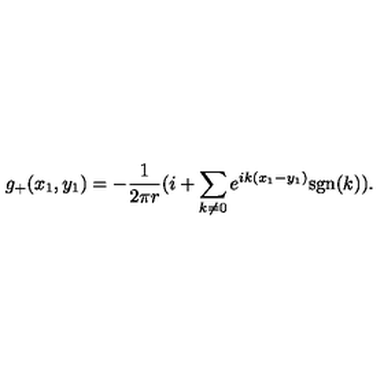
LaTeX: g _ { + } ( x _ { 1 } , y _ { 1 } ) = - \frac { 1 } { 2 \pi r } ( i + \sum _ { k \neq 0 } e ^ { i k ( x _ { 1 } - y _ { 1 } ) } \mathrm { s g n } ( k ) ) .